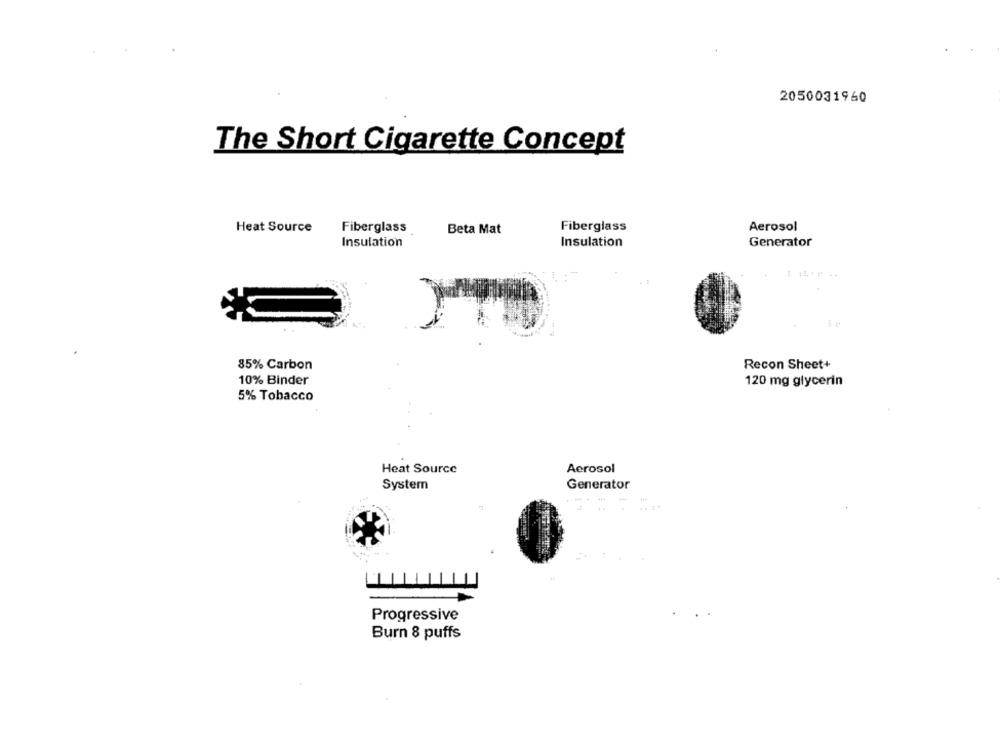
2050031960
The Short Cigarette Concept
Heat Source
Fiberglass
Beta Mat
Fiberglass
Aerosol
Insulation
Insulation
Generator
85% Carbon
Recon Sheet+
10% Binder
120 mg glycerin
5% Tobacco
Aerosol
Heat Source
System
Generator
Progressive
Burn 8 puffs